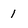
Character: 1